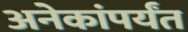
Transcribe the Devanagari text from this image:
अनेकांपर्यंत